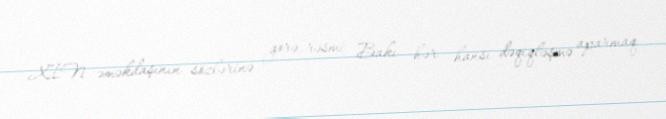
XİN əməkdaşının sözlərinə görə, rəsmi Bakı hər hansı dəqiqləşmə aparmaq